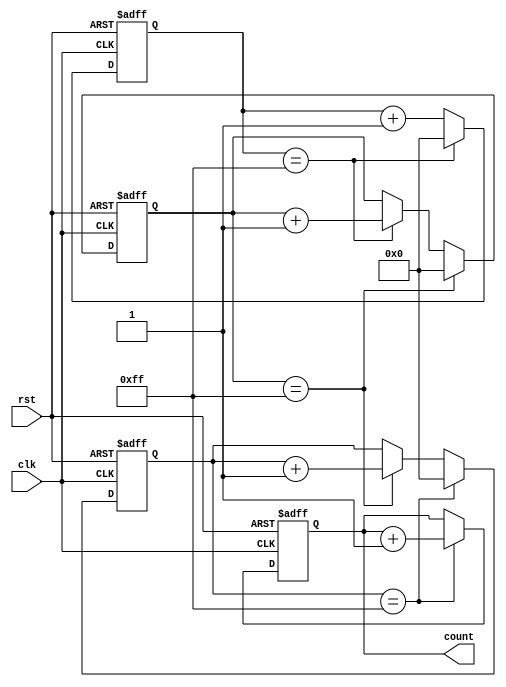
module cascaded_counter (
    input clk,    // Clock input
    input rst,    // Reset input
    output reg [7:0] count    // Output count value
);

reg [7:0] count1, count2, count3, count4;

always @(posedge clk or posedge rst) begin
    if (rst) begin
        count1 <= 8'b00000000;
        count2 <= 8'b00000000;
        count3 <= 8'b00000000;
        count4 <= 8'b00000000;
    end else begin
        count1 <= count1 + 1;
        if (count1 == 8'b11111111) begin
            count2 <= count2 + 1;
            count1 <= 8'b00000000;
        end
        if (count2 == 8'b11111111) begin
            count3 <= count3 + 1;
            count2 <= 8'b00000000;
        end
        if (count3 == 8'b11111111) begin
            count4 <= count4 + 1;
            count3 <= 8'b00000000;
        end
    end
end

assign count = count4;

endmodule